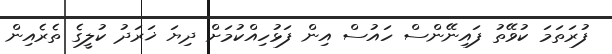
ފުރަތަމަ ކުވޭތު ފައިނޭންސް ހައުސް އިން ފަޅުހިއްކުމަށް ދިޔަ ޚަރަދު ކުލީގެ ތެރެއިން